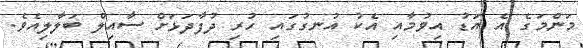
މަންމަގެ އެ އަޑު އިވުމާއި އެކު އުނގުގައި ހުރި ދުފާދަޅަށް ސާއިލް ބަލާލިއެވެ.